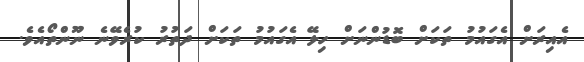
އެއިރަށް އެގައުމު ތަކަށް ބޮޑުންނަށް ހިލޭ އެގައުމު ތަކަށް ދަތުރު ކުރެވޭނެ ނޫންތޯއެވެ.